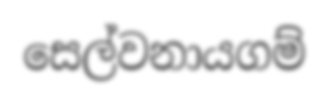
සෙල්වනායගම්